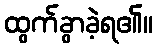
ထွက်ခွာခဲ့ရ၏။